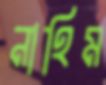
নাহিম